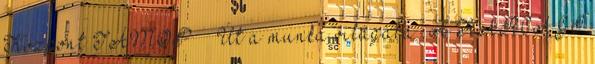
Központ TÁMOP – „Út a munka világába” A KARCAGI